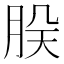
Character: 𬚷